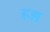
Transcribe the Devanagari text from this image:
डन्न